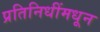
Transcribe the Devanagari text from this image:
प्रतिनिधींमधून